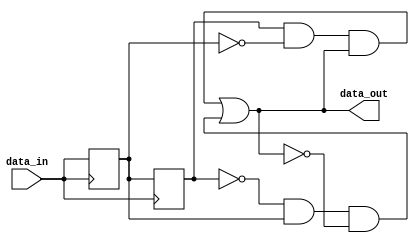
module schmitt_trigger_buffer (
    input wire data_in,
    output wire data_out
);

// Schmitt trigger module
reg data_reg;
reg data_reg_delay;
parameter THR1 = 3'b100; // Upper threshold
parameter THR2 = 3'b011; // Lower threshold
parameter HYST = 1'b1;   // Hysteresis value

always @(posedge data_in) begin
    data_reg <= data_in;
    data_reg_delay <= data_reg;
end

assign data_out = (data_reg_delay & ~data_reg & (data_out == 1'b1)) |
                  (~data_reg_delay & data_reg & (data_out == 1'b0));

endmodule